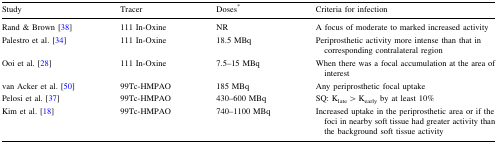
<table><thead><tr><td><b>Study</b></td><td><b>Tracer</b></td><td><b>Doses<sup>*</sup></b></td><td><b>Criteria for infection</b></td></tr></thead><tbody><tr><td>Rand &amp; Brown [38]</td><td>111 In-Oxine</td><td>NR</td><td>A focus of moderate to marked increased activity</td></tr><tr><td>Palestro et al. [34]</td><td>111 In-Oxine</td><td>18.5 MBq</td><td>Periprosthetic activity more intense than that in corresponding contralateral region</td></tr><tr><td>Ooi et al. [28]</td><td>111 In-Oxine</td><td>7.5–15 MBq</td><td>When there was a focal accumulation at the area of interest</td></tr><tr><td>van Acker et al. [50]</td><td>99Tc-HMPAO</td><td>185 MBq</td><td>Any periprosthetic focal uptake</td></tr><tr><td>Pelosi et al. [37]</td><td>99Tc-HMPAO</td><td>430–600 MBq</td><td>SQ: K<sub>late</sub> &gt; K<sub>early</sub> by at least 10%</td></tr><tr><td>Kim et al. [18]</td><td>99Tc-HMPAO</td><td>740–1100 MBq</td><td>Increased uptake in the periprosthetic area or if the foci in nearby soft tissue had greater activity than the background soft tissue activity</td></tr></tbody></table>